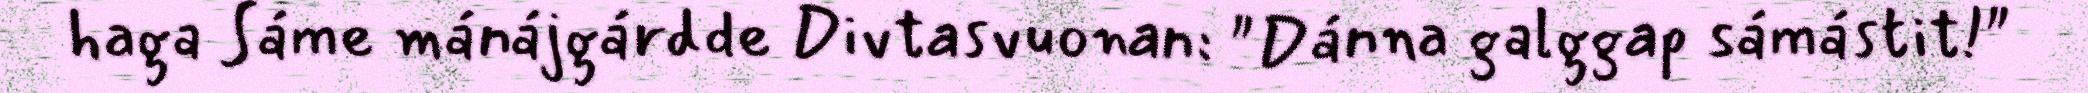
haga Sáme mánájgárdde Divtasvuonan: "Dánna galggap sámástit!"